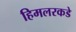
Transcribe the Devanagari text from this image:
हिमलरकडे